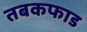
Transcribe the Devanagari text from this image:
तबकफाड